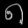
Digit: ၈